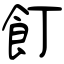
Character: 飣